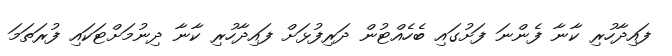
ފައިދާހުރި ކާނާ ފެންނަ ފަށުގައި ބެހެއްޓުން ދަރިފުޅަށް ފައިދާހުރި ކާނާ ދިނުމަށްޓަކައި ފުރަތަމަ